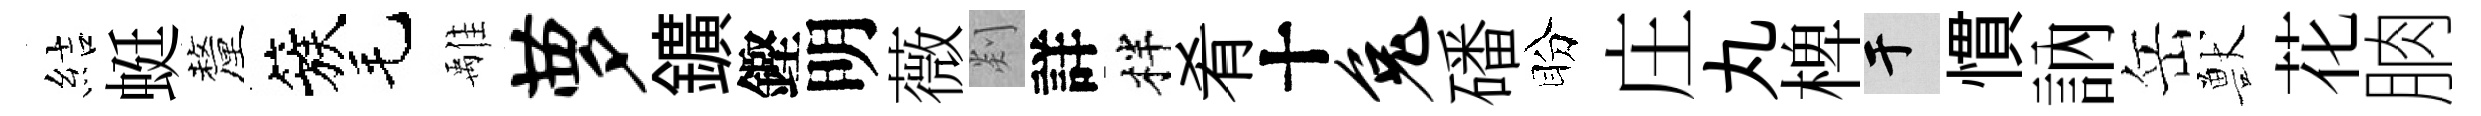
結蜓釐簇毛𩀌萝鑛鏗明薇剡詳柈肴十兔磻盼庄丸椑于慣訥岳獸花朒